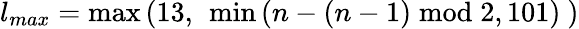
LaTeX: l_{max}=\operatorname*{max}\left(13,\ \operatorname*{min}\left(n-\left(n-1\right)\bmod 2,101\right)\ \right)